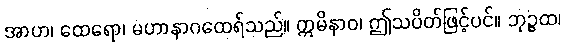
အာဟ၊ ထေရော၊ မဟာနာဂထေရ်သည်။ ဣမိနာဝ၊ ဤသပိတ်ဖြင့်ပင်။ ဘုဉ္ဇထ၊